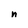
Character: n